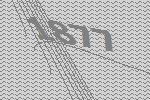
1877